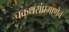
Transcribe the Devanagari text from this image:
चक्रधरांप्रमाणेच